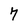
Character: 7